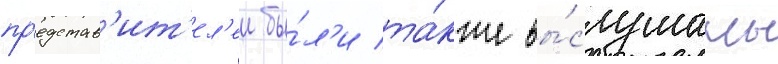
пр'едстав'ит'ел'еи бы́л'и та́кже вы́слушаны